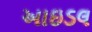
આઇડલ